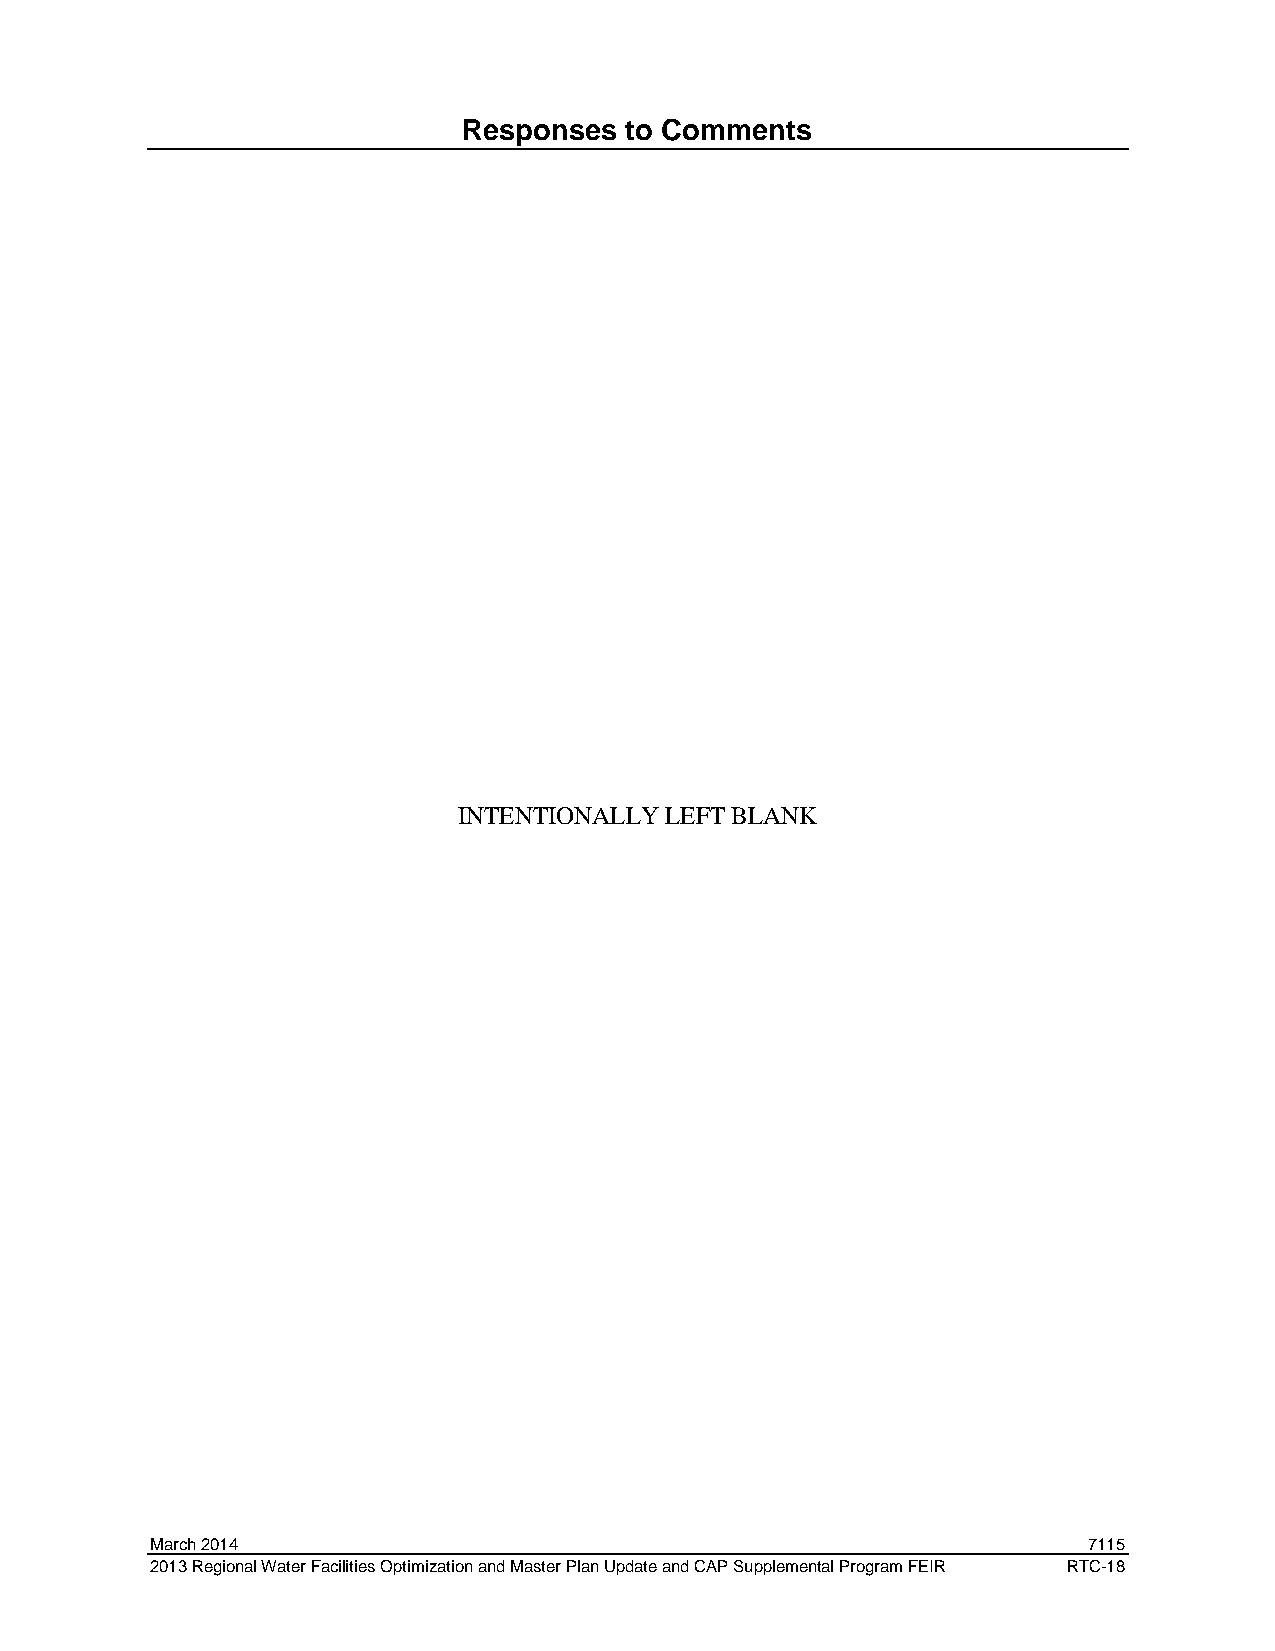
Responses to Comments
 INTENTIONALLY LEFT BLANK
 March 2014                                                    7115
 2013 Regional Water Facilities Optimization and Master Plan Update and CAP Supplemental Program FEIR RTC-18